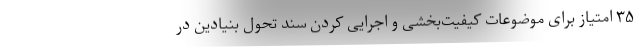
۳۵ امتیاز برای موضوعات کیفیت‌بخشی و اجرایی کردن سند تحول بنیادین در